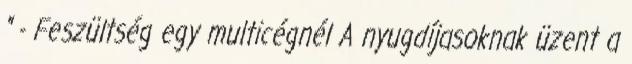
" - Feszültség egy multicégnél A nyugdíjasoknak üzent a